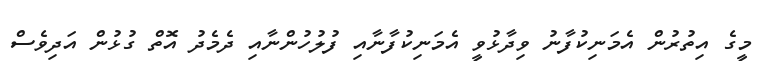
މީގެ އިތުރުން އެމަނިކުފާނު ވިދާޅުވީ އެމަނިކުފާނާއި ފުލުހުންނާއި ދެމެދު އޮތް ގުޅުން އަދިވެސް